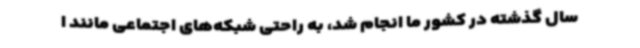
سال گذشته در کشور ما انجام شد، به‌ راحتی شبکه‌های اجتماعی مانند ا